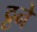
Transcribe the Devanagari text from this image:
ट्टने